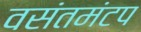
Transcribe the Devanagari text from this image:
वसंतमंटप